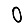
Digit: 0